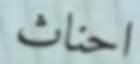
احناث